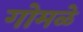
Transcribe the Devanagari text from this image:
गोमळे